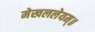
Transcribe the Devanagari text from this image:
मेखललेयम्॥